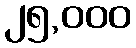
၂၅,၀၀၀